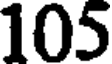
105